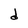
Character: d